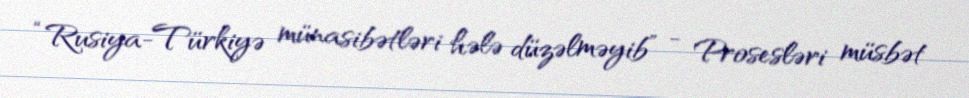
“Rusiya-Türkiyə münasibətləri hələ düzəlməyib” - Prosesləri müsbət